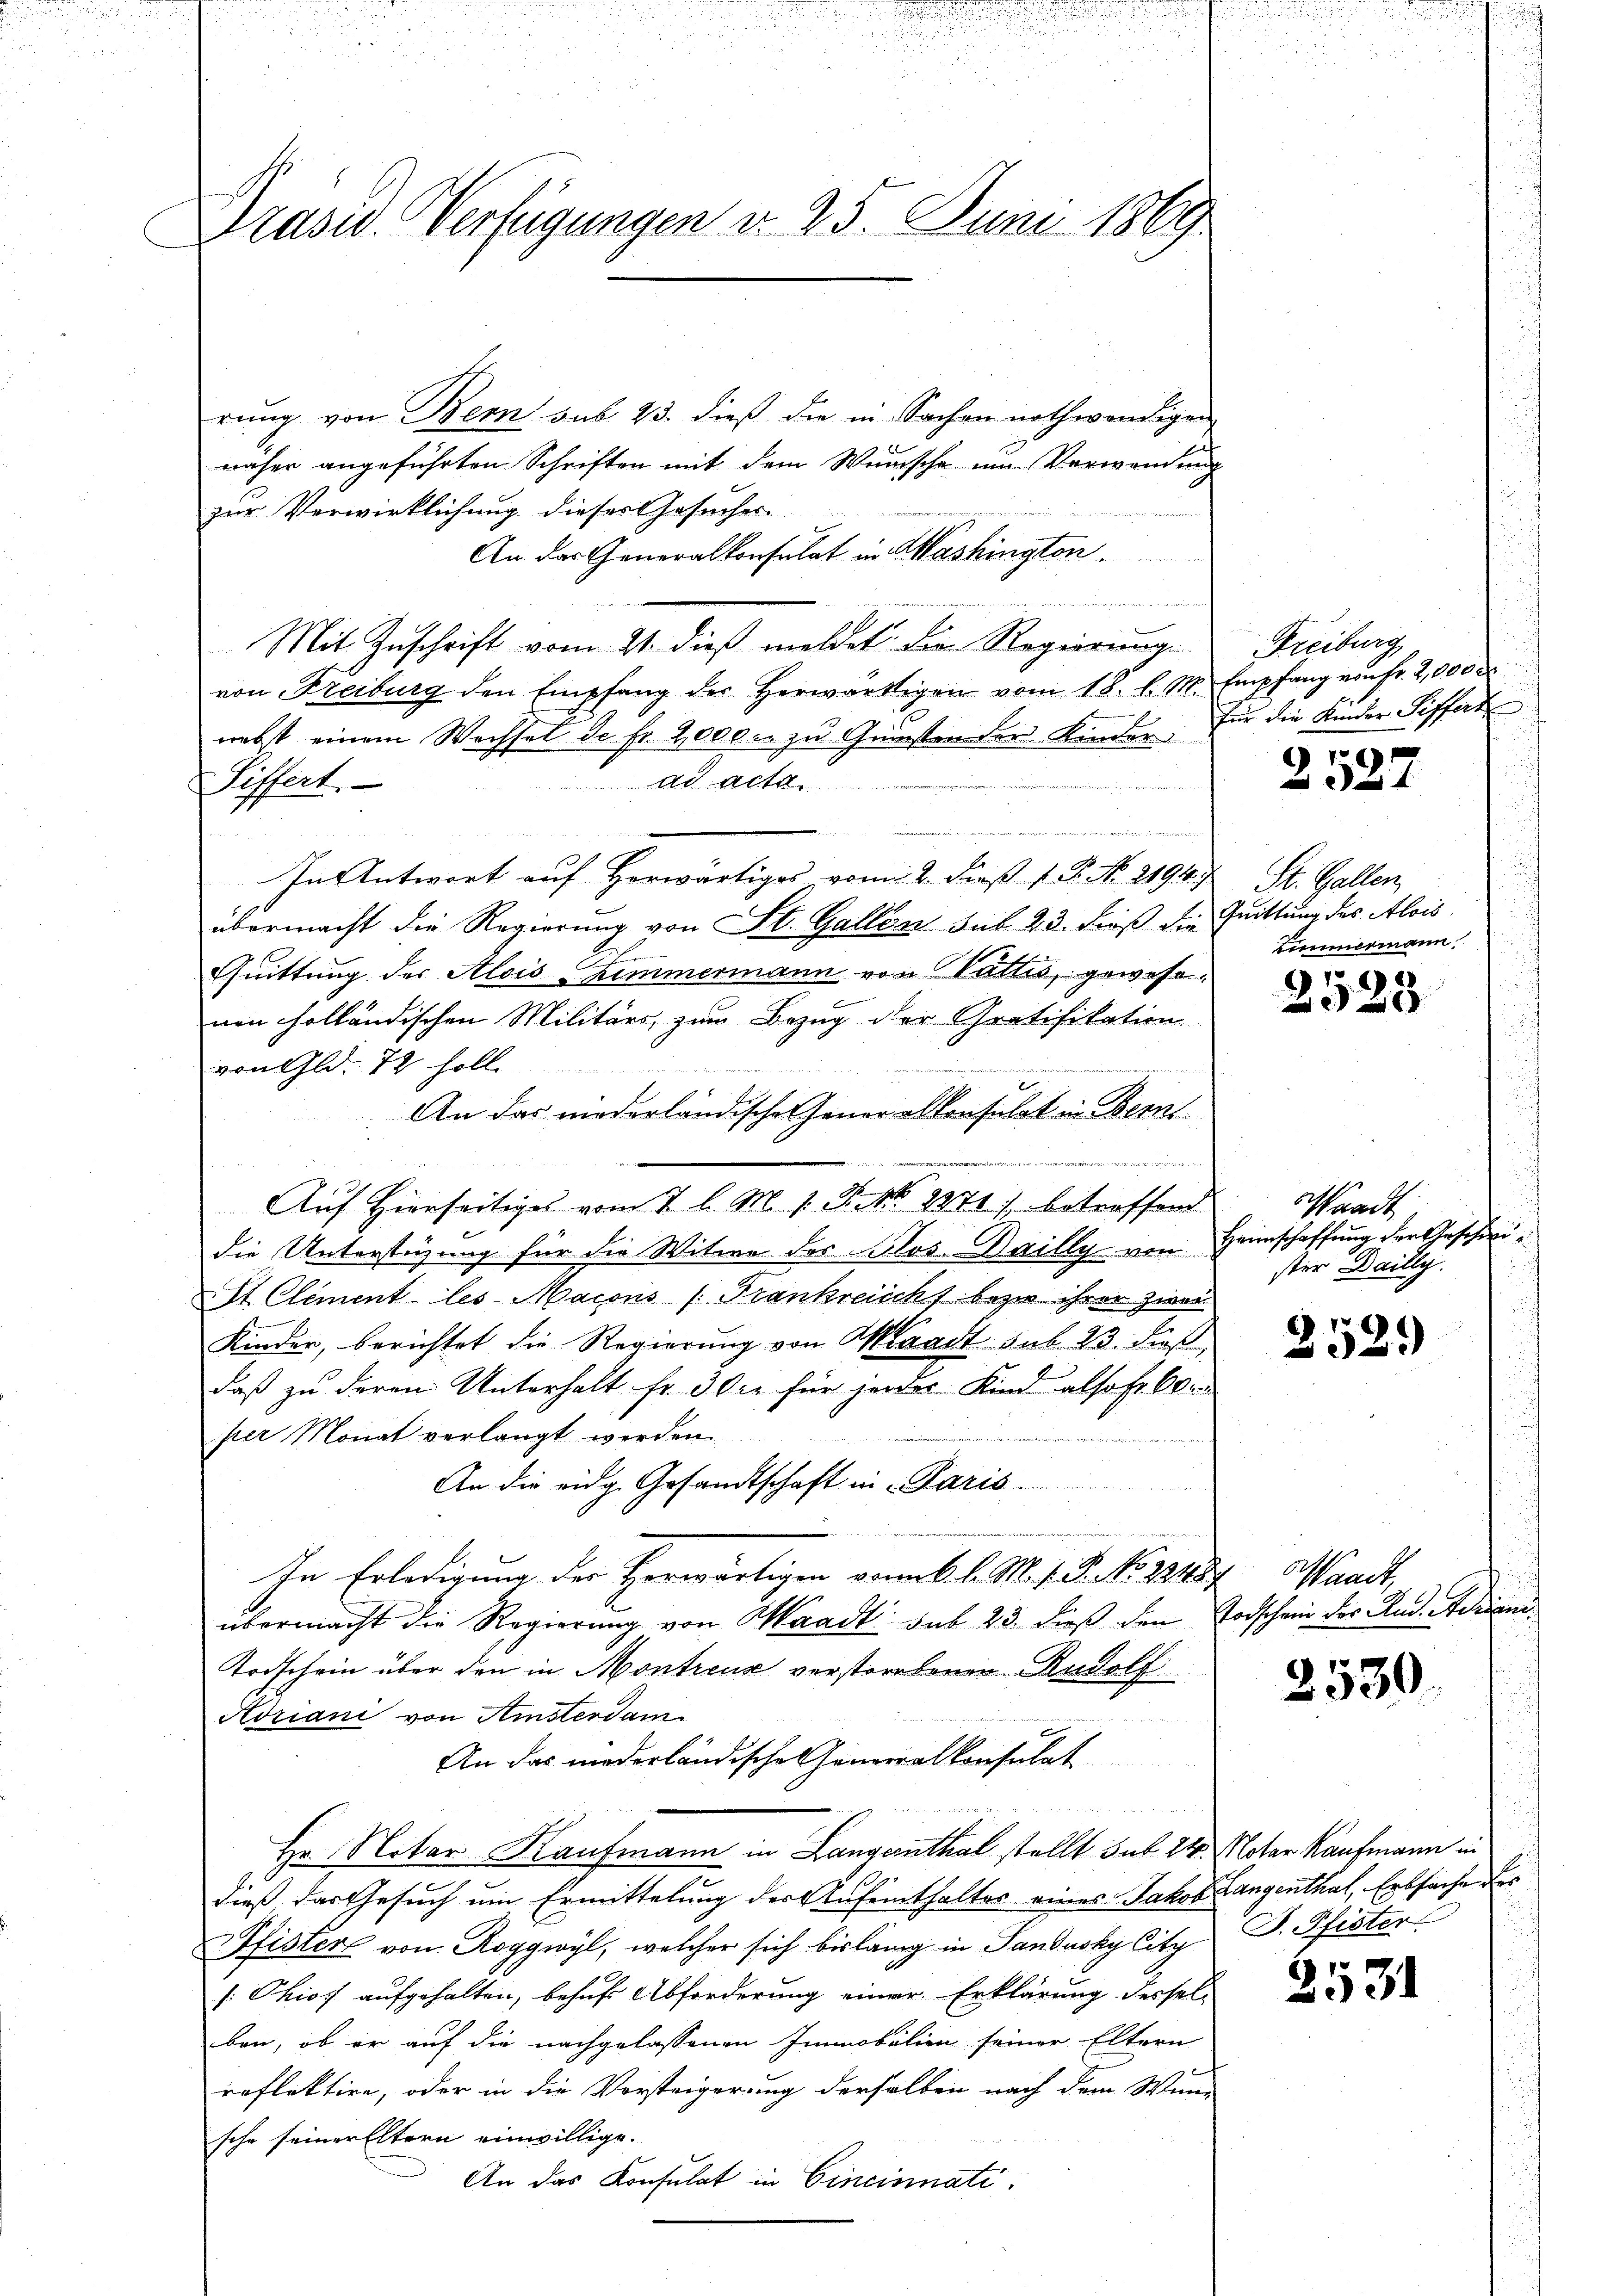
Präsid. Verfügungen d. 25. Juni 1869.

rung von Bern sub 23. dieß die in Sachen nothwendigen
näher angeführten Schriften mit dem Wünsche um Verwendung
zur Verwirklichung dieses Gesuches
An das Generalkonsulat in Washington
de
Mit Zuschrift vom 21. dieß meldet. Die Regierung
von Freiburg den Empfang der herwärtigen vom 18. l. M. Empfang von Fr. 2,000 d
nebst einem Wechsel de fr. 2000 zu Gunsten der Kinder. Für die Kinder Siffert
ad acta.
Siffert.

n
In Antwort auf Herwärtiges vom 2. Fenst 18. No. 2198. St. Gallen
übermacht die Regierung von St. Gallen sub 23. Froß die Quittung des Alois
Quittung der Alois Zimmermann von Vallis, gewese
nen holländischen Militärs, zum Bezug der Gratifikation
von Gld. 72 soll.
An das niederländische Generalkonsulat in Bern
Auf Hierseitiges vom 7 l. M. 1. J. No. 3371) betreffend
die Unterstüzung für die Witwe des Sos.Dailly von Heimschaffung der Geschied¬
St. Clement les Macons /: Frankreichs bezw. ihrer zwei
Kinder, berichtet die Regierung von Waadt sub 23. dieß,
daß zu deren Unterhalt fr. 3 die für jeder Kind alsofer 60
per Monat verlangt werden.

An die eidg. Gesandtschaft in Paris.
In Erledigung der Herwärtigen vom 6. l. M. v. P. No. 2248 Waadt,
übermacht die Regierung von Waadt sub 23. dieß den Todschein des And. Adriane
Todschein über den in Montreux verstorbenen Rudolf
Adriani von Amsterdam
.
An das niederländische Generalkonsulat

Hr. Notar Kaufmann in Langenthal stellt sub 14. Notar Kaufmann in
dieß das Gesuch um Ermittelung der Aufenthalter eines Jakob Langenthal, Erbsache des
Pfister von Roggwyl, welcher sich bislang in Sandusky City D. Pfister
[: Ohios aufgehalten, behufs Abforderung einer Erklärung desselben, ob er auf die nachgelassenen Immobilien seiner Eltern
reflektire, oder in die Vorsteigerung derselben nach dem Wenn
sche seiner Eltern einwillige.
An das Konsulat in Cincinati

Freiburg

2527

Limmermann,

159
228

Waadt
ster Dailly.

252.

2530.

2531